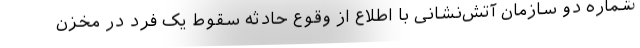
شماره دو سازمان آتش‌نشانی با اطلاع از وقوع حادثه سقوط یک فرد در مخزن